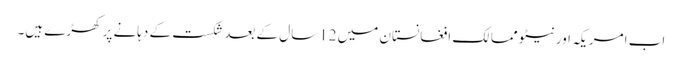
اب امریکہ اور نیٹو ممالک افغانستان میں 12سال کے بعد شکست کے دہانے پر کھڑے ہیں۔